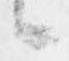
候